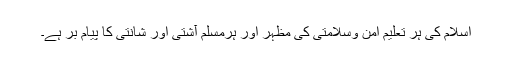
اسلام کی ہر تعلیم امن وسلامتی کی مظہر اور ہرمسلم آشتی اور شانتی کا پیام بر ہے۔